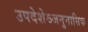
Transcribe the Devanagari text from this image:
उपदेशेऽजनुनासिक